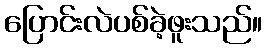
ပြောင်းလဲပစ်ခဲ့ဖူးသည်။